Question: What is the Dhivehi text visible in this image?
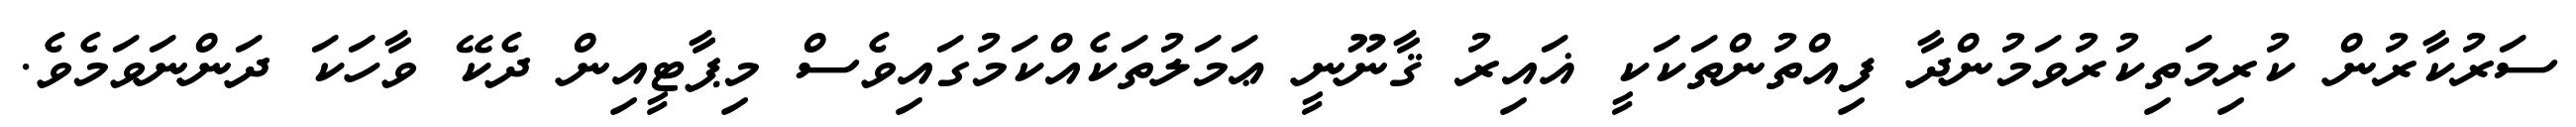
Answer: ސަރުކާރުން ކުރިމަތިކުރުވަމުންދާ ފިއްތުންތަކަކީ ޣައިރު ޤާނޫނީ ޢަމަލުތަކެއްކަމުގައިވެސް މިޕާޓީއިން ދެކޭ ވާހަކަ ދަންނަވަމެވެ.